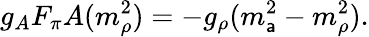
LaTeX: g_{A}F_{\pi}A(m_{\rho}^{2})=-g_{\rho}(m_{\mathsf{a}}^{2}-m_{\rho}^{2}).